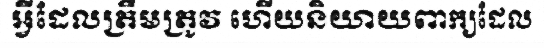
អ្វីដែលត្រឹមត្រូវ ហើយនិយាយពាក្យដែល